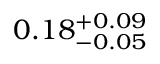
0 . 1 8 _ { - 0 . 0 5 } ^ { + 0 . 0 9 }